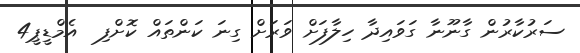
ސަރުކާރުން ގާނޫނާ ގަވައިދާ ހިލާފަށް ވަރަށް ގިނަ ކަންތައް ކޮށްފި  އެމްޑީޕީ4